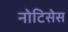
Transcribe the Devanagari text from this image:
नोटिसेस